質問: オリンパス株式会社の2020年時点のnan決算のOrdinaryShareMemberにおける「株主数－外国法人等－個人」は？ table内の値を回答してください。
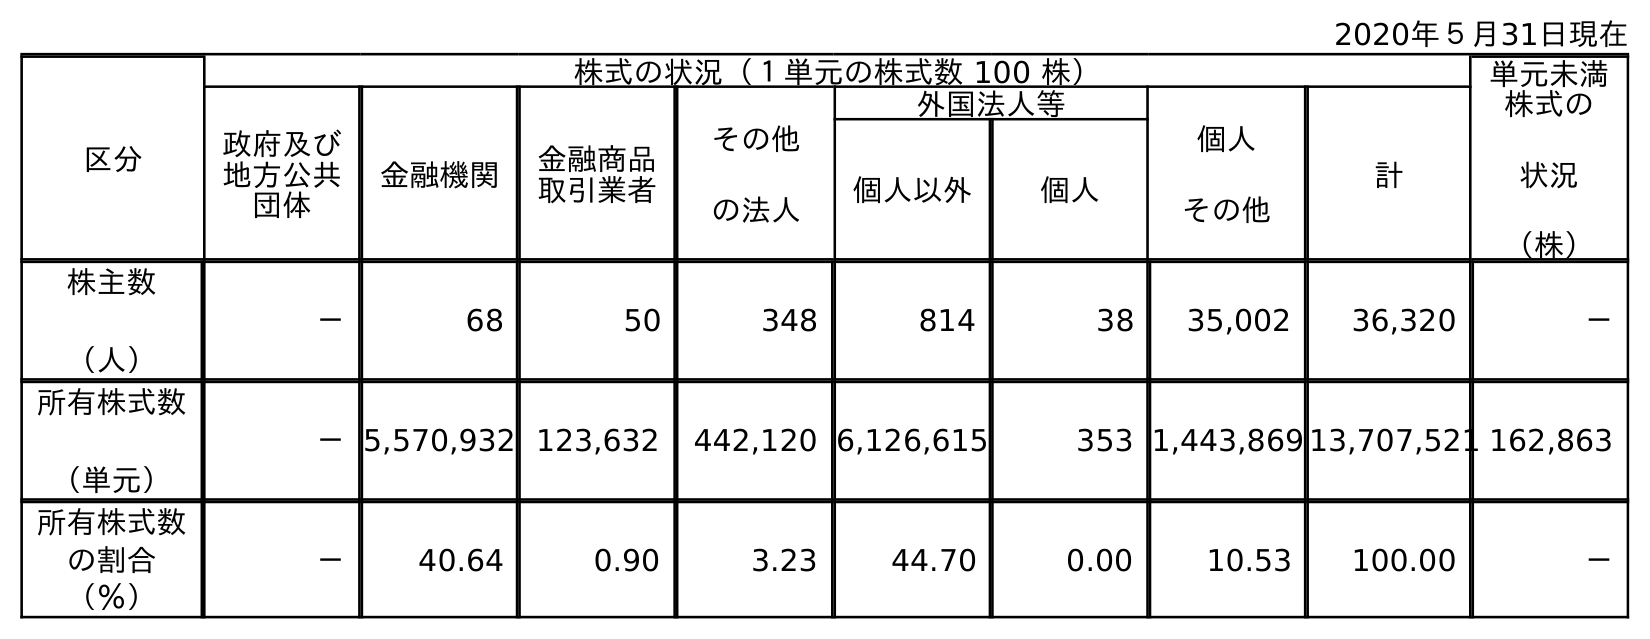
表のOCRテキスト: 2020年５月31日現在 区分 株式の状況（１単元の株式数 100 株） 単元未満 株式の 状況 （株） 政府及び 地方公共 団体 金融機関 金融商品 取引業者 その他 の法人 外国法人等 個人 その他 計 個人以外 個人 株主数 （人） － 68 50 348 814 38 35,002 36,320 － 所有株式数 （単元） －5,570,932 123,632 442,120 6,126,615 353 1,443,869 13,707,521 162,863 所有株式数 の割合 （％） － 40.64 0.90 3.23 44.70 0.00 10.53 100.00 －
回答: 38